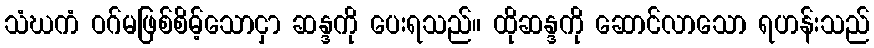
သံဃကံ ဝဂ်မဖြစ်စိမ့်သောငှာ ဆန္ဒကို ပေးရသည်။ ထိုဆန္ဒကို ဆောင်လာသော ရဟန်းသည်